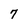
Character: 7